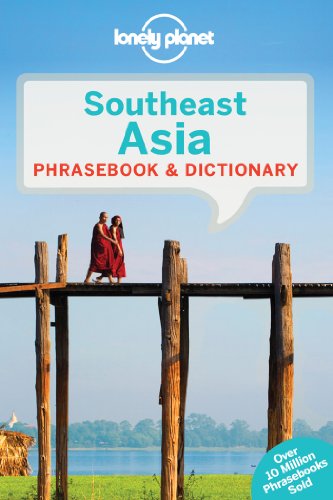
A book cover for Lonely Planet Southeast Asia Phrasebook & Dictionary; Lonely Planet; Travel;